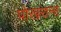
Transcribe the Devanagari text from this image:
पोखराना